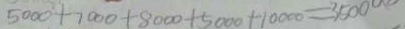
5 0 0 0 + 7 0 0 0 + 8 0 0 0 + 5 0 0 0 + 1 0 0 0 0 = 3 5 0 0 0 0